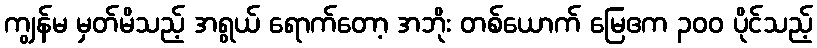
ကျွန်မ မှတ်မိသည့် အရွယ် ရောက်တော့ အဘိုး တစ်ယောက် မြေဧက ၃၀၀ ပိုင်သည့်